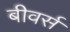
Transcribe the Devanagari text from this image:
बीवर्स